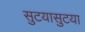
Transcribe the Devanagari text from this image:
सुटयासुटया